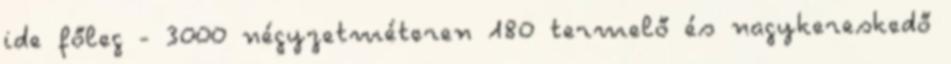
ide főleg - 3000 négyzetméteren 180 termelő és nagykereskedő